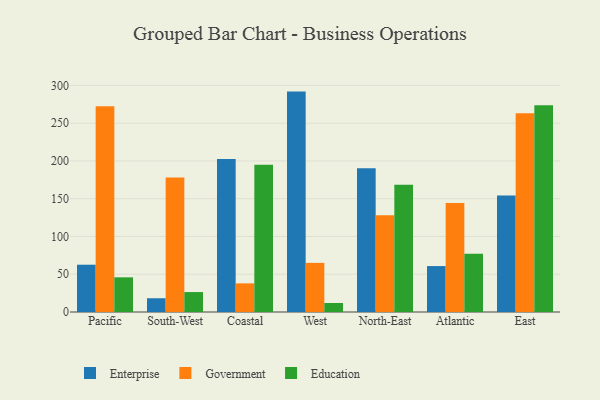
{"axis": {"x": "Region", "y": "Headcount"}, "legend": ["Education", "Enterprise", "Government"], "data": [{"x": "Pacific", "y": 62.6, "type": "Enterprise"}, {"x": "Pacific", "y": 272.4, "type": "Government"}, {"x": "Pacific", "y": 45.9, "type": "Education"}, {"x": "South-West", "y": 18.2, "type": "Enterprise"}, {"x": "South-West", "y": 178.1, "type": "Government"}, {"x": "South-West", "y": 26.4, "type": "Education"}, {"x": "Coastal", "y": 202.7, "type": "Enterprise"}, {"x": "Coastal", "y": 37.9, "type": "Government"}, {"x": "Coastal", "y": 194.8, "type": "Education"}, {"x": "West", "y": 291.8, "type": "Enterprise"}, {"x": "West", "y": 65.0, "type": "Government"}, {"x": "West", "y": 11.9, "type": "Education"}, {"x": "North-East", "y": 190.2, "type": "Enterprise"}, {"x": "North-East", "y": 128.0, "type": "Government"}, {"x": "North-East", "y": 168.5, "type": "Education"}, {"x": "Atlantic", "y": 60.8, "type": "Enterprise"}, {"x": "Atlantic", "y": 144.4, "type": "Government"}, {"x": "Atlantic", "y": 77.2, "type": "Education"}, {"x": "East", "y": 154.4, "type": "Enterprise"}, {"x": "East", "y": 263.0, "type": "Government"}, {"x": "East", "y": 273.6, "type": "Education"}]}